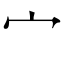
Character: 宀